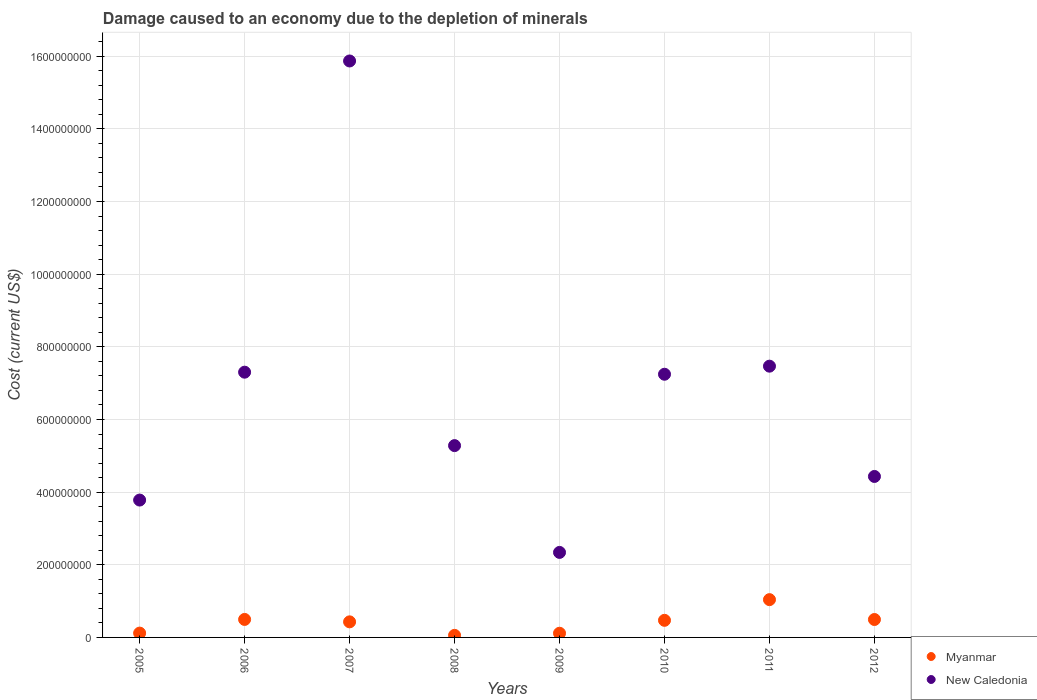
| Years | Myanmar | New Caledonia |
 | --- | --- | --- |
 | 2005 | 1.19e+07 | 3.78e+08 |
 | 2006 | 4.95e+07 | 7.3e+08 |
 | 2007 | 4.29e+07 | 1.59e+09 |
 | 2008 | 5.68e+06 | 5.28e+08 |
 | 2009 | 1.15e+07 | 2.34e+08 |
 | 2010 | 4.71e+07 | 7.25e+08 |
 | 2011 | 1.04e+08 | 7.47e+08 |
 | 2012 | 4.93e+07 | 4.43e+08 |